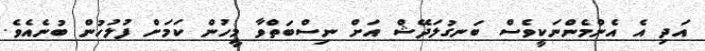
އަދި އެ އެންމެންނަކީވެސް ބަނގުލަދޭޝް އަށް ނިސްބަތްވާ މީހުން ކަމަށް ފުލުހުން ބުނެއެވެ.